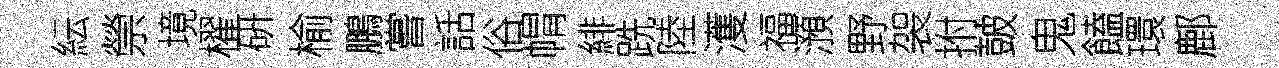
紜禜境櫂硏榆鵬嘗話俗㡌緋跣陸濩福澦野袈拊皷鬼饁環鄜